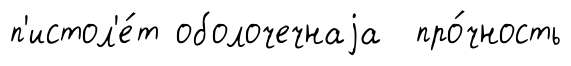
п'истол'е́т оболочечнаjа про́чность